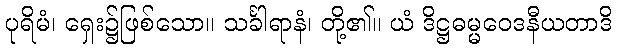
ပုရိမံ၊ ရှေး၌ဖြစ်သော။ သင်္ခါရာနံ၊ တို့၏။ ယံ ဒိဋ္ဌဓမ္မဝေဒနီယတာဒိ